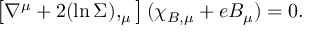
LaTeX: \left[ \nabla ^ { \mu } + 2 ( \ln \Sigma ) , _ { \mu } \right] ( \chi _ { B , \mu } + e B _ { \mu } ) = 0 .